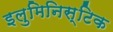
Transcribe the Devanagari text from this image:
इलुमिनिस्टिक